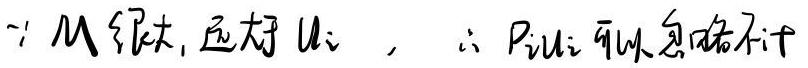
$\because M$很大,远大于$m_{i}\ ,\ \therefore p_{i}u_{i}$可以忽略不计